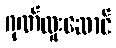
ဂုဏ်ထူးဆောင်